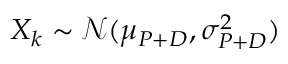
X _ { k } \sim \mathcal N ( \mu _ { P + D } , \sigma _ { P + D } ^ { 2 } )